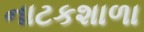
નાટકશાળા